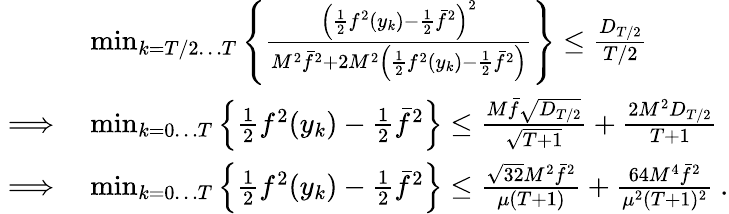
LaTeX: \begin{array}{rl}&{\operatorname*{min}_{k=T/2\dots T}\left\{ \frac{\left(\frac{1}{2}f^{2}(y_{k})-\frac{1}{2}\bar{f}^{2}\right)^{2}}{M^{2}\bar{f}^{2}+2M^{2}\left(\frac{1}{2}f^{2}(y_{k})-\frac{1}{2}\bar{f}^{2}\right)}\right\} \leq\frac{D_{T/2}}{T/2}}\\ {\implies}&{\operatorname*{min}_{k=0\dots T}\left\{ \frac{1}{2}f^{2}(y_{k})-\frac{1}{2}\bar{f}^{2}\right\} \leq\frac{M\bar{f}\sqrt{D_{T/2}}}{\sqrt{T+1}}+\frac{2M^{2}D_{T/2}}{T+1}}\\ {\implies}&{\operatorname*{min}_{k=0\dots T}\left\{ \frac{1}{2}f^{2}(y_{k})-\frac{1}{2}\bar{f}^{2}\right\} \leq\frac{\sqrt{32}M^{2}\bar{f}^{2}}{\mu(T+1)}+\frac{64M^{4}\bar{f}^{2}}{\mu^{2}(T+1)^{2}}\ .}\end{array}